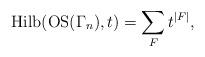
LaTeX: \begin{gather*}{\rm Hilb}({\rm OS}(\Gamma_n),t)= \sum_{F} t^{|F|},\end{gather*}